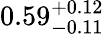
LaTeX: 0.59_{-0.11}^{+0.12}